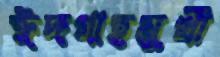
ঈদগাহমুখী